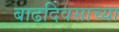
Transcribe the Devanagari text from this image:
बाढदिवसाच्या